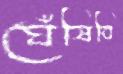
ঘেঁষিবি